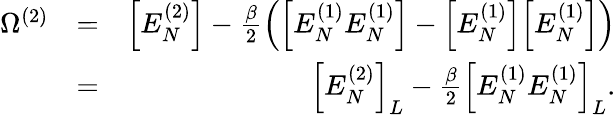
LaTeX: \begin{array}{rlr}{\Omega^{(2)}}&{=}&{\Big[E_{N}^{(2)}\Big]-\frac{\beta}{2}\left(\Big[E_{N}^{(1)}E_{N}^{(1)}\Big]-\Big[E_{N}^{(1)}\Big]\Big[E_{N}^{(1)}\Big]\right)}\\ &{=}&{\Big[E_{N}^{(2)}\Big]_{L}-\frac{\beta}{2}\Big[E_{N}^{(1)}E_{N}^{(1)}\Big]_{L}.}\end{array}